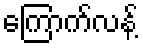
ကြောက်လန့်